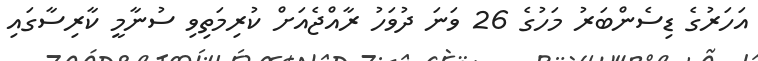
އަހަރުގެ ޑިސެންބަރު މަހުގެ 26 ވަނަ ދުވަހު ރާއްޖެއަށް ކުރިމަތިވި ސުނާމީ ކާރިސާގައި